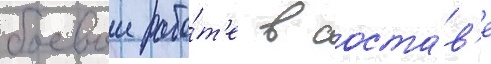
боевои рабо́т'е в соста́в'е